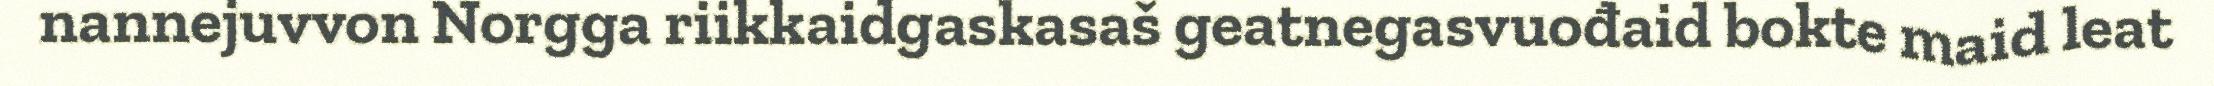
nannejuvvon Norgga riikkaidgaskasaš geatnegasvuođaid bokte maid leat